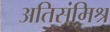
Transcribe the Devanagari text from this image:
अतिसंमिश्र